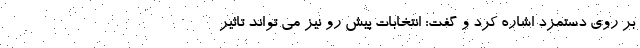
بر روی دستمزد اشاره کرد و گفت: انتخابات پیش رو نیز می تواند تاثیر